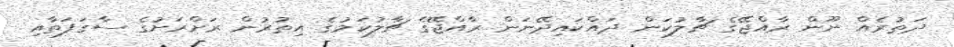
ދަތުރެއް ނޫން ރާއްޖޭގެ ޗާލުކަން ދައްކައިދޭނަން ރާއްޖޭގެ ޗާލުކަމުގެ އިތުރުން ރަށްރަށުގެ ސާގަފަތާއި